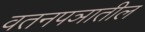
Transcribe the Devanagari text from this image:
वतनपञातील